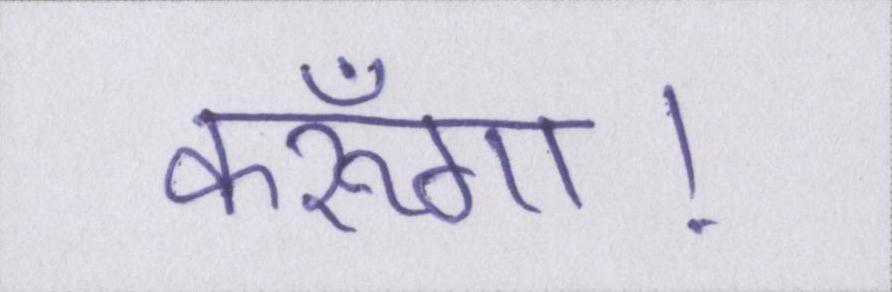
करूँगा।